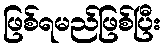
ဖြစ်ရမည်ဖြစ်ပြီး